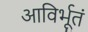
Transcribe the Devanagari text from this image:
आविर्भूतं